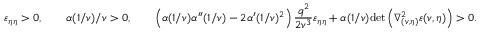
\varepsilon _ { \eta \eta } > 0 , \qquad \alpha ( 1 / v ) / v > 0 , \qquad \left( \alpha ( 1 / v ) \alpha ^ { \prime \prime } ( 1 / v ) - 2 \alpha ^ { \prime } ( 1 / v ) ^ { 2 } \right) \frac { q ^ { 2 } } { 2 v ^ { 3 } } \varepsilon _ { \eta \eta } + \alpha ( 1 / v ) \mathrm { d e t } \left( \nabla _ { ( v , \eta ) } ^ { 2 } \varepsilon ( v , \eta ) \right) > 0 .